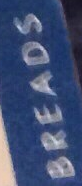
BREADS